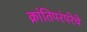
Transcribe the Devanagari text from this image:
क्रांतिपरंपरेचे